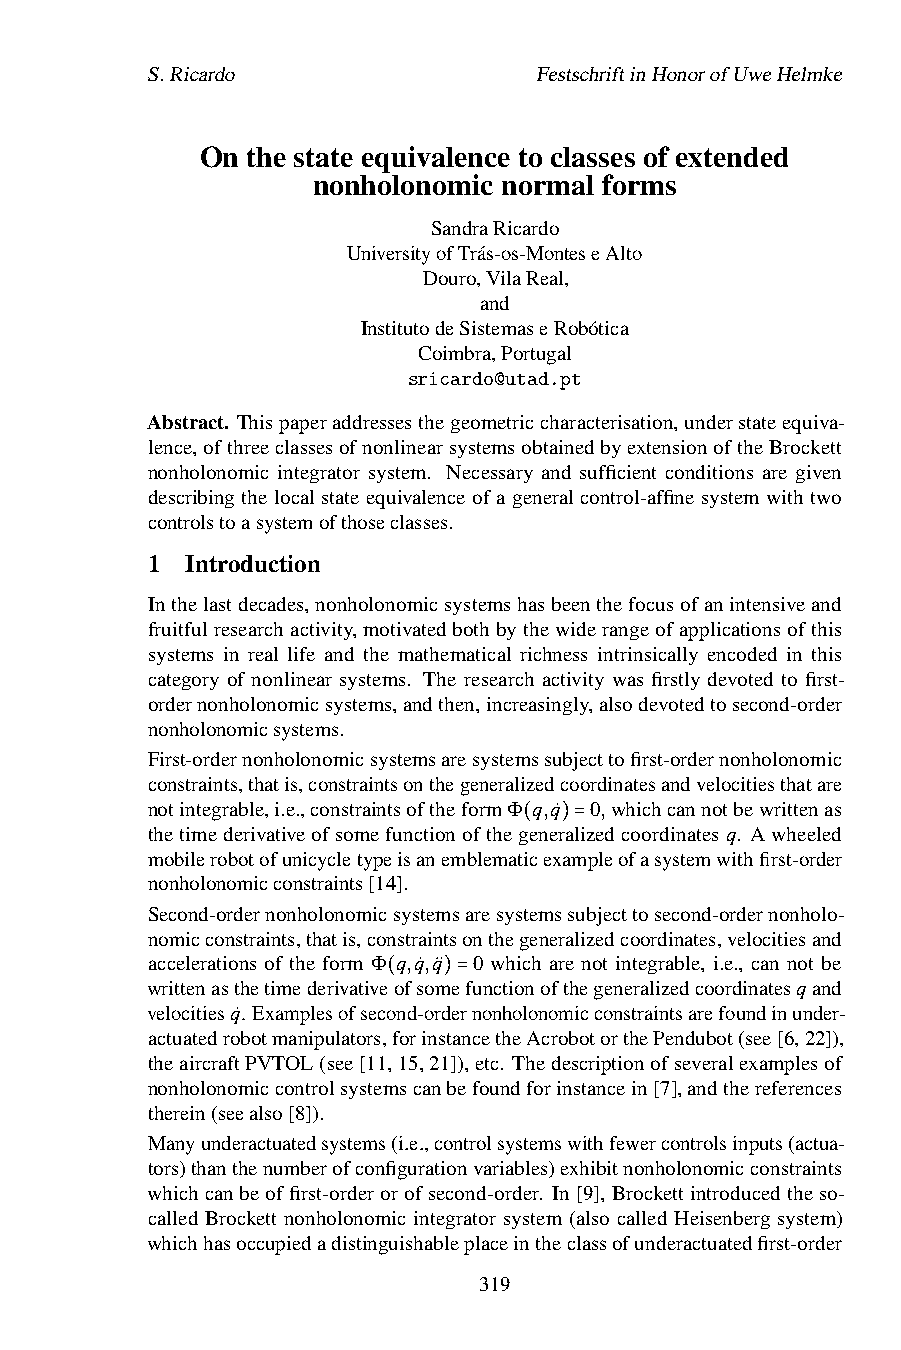
S.Ricardo                 FestschriftinHonorofUweHelmke
 On the state equivalence to classes of extended
 nonholonomic normal forms
 SandraRicardo
 UniversityofTrás-os-MonteseAlto
 Douro,VilaReal,
 and
 InstitutodeSistemaseRobótica
 Coimbra,Portugal
 sricardo@utad.pt
 Abstract. Thispaperaddressesthegeometriccharacterisation,understateequiva-
 lence,ofthreeclassesofnonlinearsystemsobtainedbyextensionoftheBrockett
 nonholonomic integrator system. Necessary and sufficient conditions are given
 describingthelocalstateequivalenceofageneralcontrol-affinesystemwithtwo
 controlstoasystemofthoseclasses.
 1 Introduction
 Inthelastdecades,nonholonomicsystemshasbeenthefocusofanintensiveand
 fruitfulresearchactivity,motivatedbothbythewiderangeofapplicationsofthis
 systems in real life and the mathematical richness intrinsically encoded in this
 category of nonlinear systems. The research activity was firstly devoted to first-
 ordernonholonomicsystems,andthen,increasingly,alsodevotedtosecond-order
 nonholonomicsystems.
 First-ordernonholonomicsystemsaresystemssubjecttofirst-ordernonholonomic
 constraints,thatis,constraintsonthegeneralizedcoordinatesandvelocitiesthatare
 notintegrable,i.e.,constraintsoftheformΦ q,q˙ 0,whichcannotbewrittenas
 thetimederivativeofsomefunctionofthegeneralizedcoordinatesq. Awheeled
 mobilerobotofunicycletypeisanemblemati(cex)am=pleofasystemwithfirst-order
 nonholonomicconstraints[14].
 Second-ordernonholonomicsystemsaresystemssubjecttosecond-ordernonholo-
 nomicconstraints,thatis,constraintsonthegeneralizedcoordinates,velocitiesand
 accelerations of the form Φ q,q˙,q¨ 0 which are not integrable, i.e., can not be
 writtenasthetimederivativeofsomefunctionofthegeneralizedcoordinatesqand
 velocitiesq˙. Examplesofseco(nd-ord)e=rnonholonomicconstraintsarefoundinunder-
 actuatedrobotmanipulators,forinstancetheAcrobotorthePendubot(see[6,22]),
 theaircraftPVTOL(see[11,15,21]),etc. Thedescriptionofseveralexamplesof
 nonholonomiccontrolsystemscanbefoundforinstancein[7],andthereferences
 therein(seealso[8]).
 Manyunderactuatedsystems(i.e.,controlsystemswithfewercontrolsinputs(actua-
 tors)thanthenumberofconfigurationvariables)exhibitnonholonomicconstraints
 whichcanbeoffirst-orderorofsecond-order. In[9], Brockettintroducedtheso-
 called Brockett nonholonomic integrator system (also called Heisenberg system)
 whichhasoccupiedadistinguishableplaceintheclassofunderactuatedfirst-order
 319